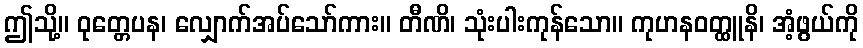
ဤသို့။ ဝုတ္တေပန၊ လျှောက်အပ်သော်ကား။ တီဏိ၊ သုံးပါးကုန်သော။ ကုဟနဝတ္ထူနိ၊ အံ့ဖွယ်ကို